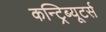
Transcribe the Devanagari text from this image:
कन्ट्रिब्यूटर्स